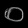
Digit: ၀